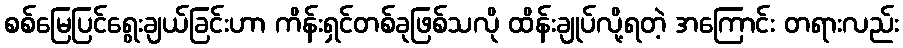
စစ်မြေပြင်ရွေးချယ်ခြင်းဟာ ကိန်းရှင်တစ်ခုဖြစ်သလို ထိန်းချုပ်လို့ရတဲ့ အကြောင်း တရားလည်း